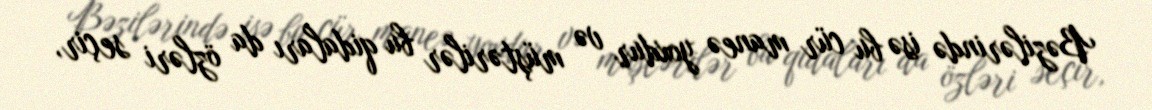
Bəzilərində isə bu cür maneə yoxdur və müştərilər bu qidaları da özləri seçir,